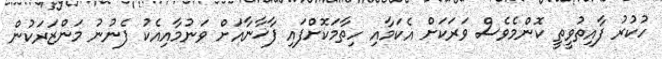
ހުކުރު ފާއިތުވީތީ ކޮންމެވެސް ވަރަކަށް އެކަމާއި ހިތާމަކޮށްފައި ފާޚާނާއަށް ވަނުމާއިއެކު ފެނުނު މަންޒަރަކުން